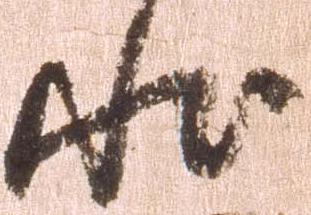
状